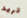
تريد